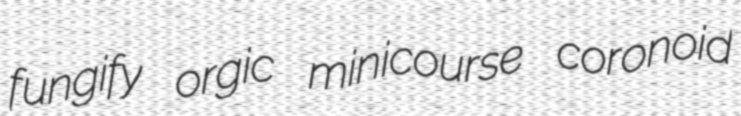
fungify orgic minicourse coronoid